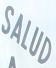
SALUD